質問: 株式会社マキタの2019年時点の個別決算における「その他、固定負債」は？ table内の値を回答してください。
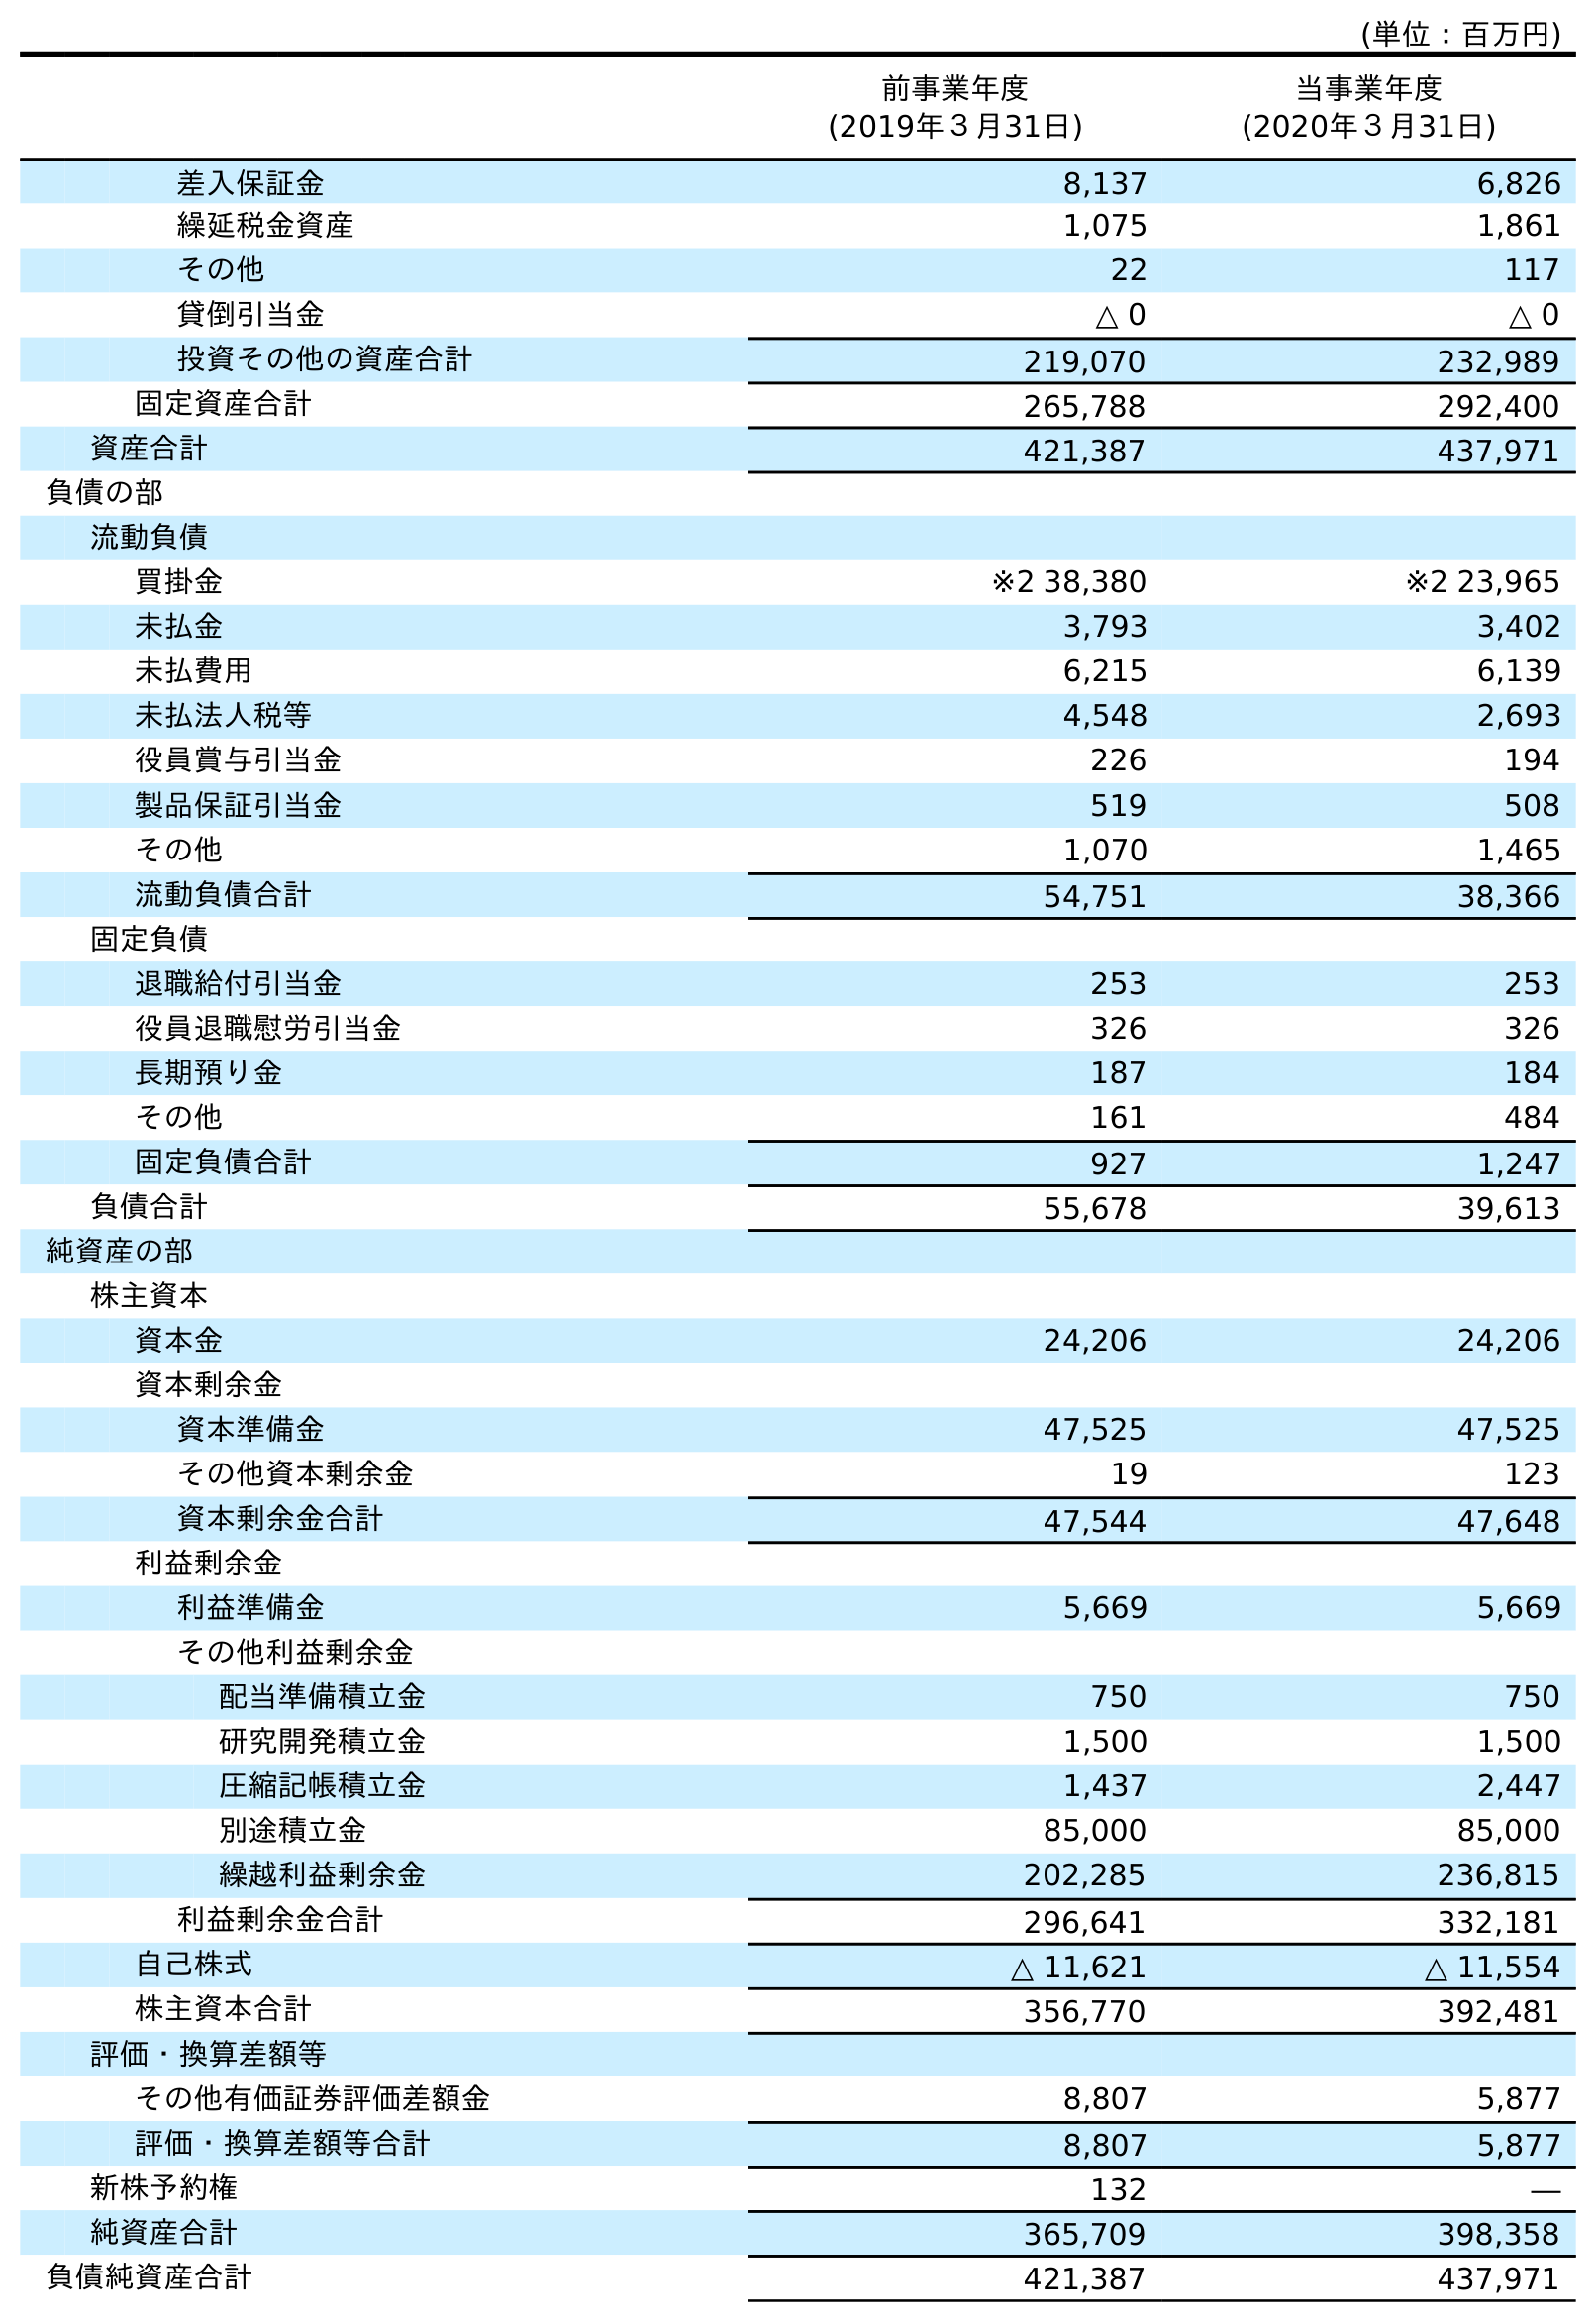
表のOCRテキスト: (単位：百万円) 前事業年度 (2019年３月31日) 当事業年度 (2020年３月31日) 差入保証金 8,137 6,826 繰延税金資産 1,075 1,861 その他 22 117 貸倒引当金 △ 0 △ 0 投資その他の資産合計 219,070 232,989 固定資産合計 265,788 292,400 資産合計 421,387 437,971 負債の部 流動負債 買掛金 ※2 38,380 ※2 23,965 未払金 3,793 3,402 未払費用 6,215 6,139 未払法人税等 4,548 2,693 役員賞与引当金 226 194 製品保証引当金 519 508 その他 1,070 1,465 流動負債合計 54,751 38,366 固定負債 退職給付引当金 253 253 役員退職慰労引当金 326 326 長期預り金 187 184 その他 161 484 固定負債合計 927 1,247 負債合計 55,678 39,613 純資産の部 株主資本 資本金 24,206 24,206 資本剰余金 資本準備金 47,525 47,525 その他資本剰余金 19 123 資本剰余金合計 47,544 47,648 利益剰余金 利益準備金 5,669 5,669 その他利益剰余金 配当準備積立金 750 750 研究開発積立金 1,500 1,500 圧縮記帳積立金 1,437 2,447 別途積立金 85,000 85,000 繰越利益剰余金 202,285 236,815 利益剰余金合計 296,641 332,181 自己株式 △ 11,621 △ 11,554 株主資本合計 356,770 392,481 評価・換算差額等 その他有価証券評価差額金 8,807 5,877 評価・換算差額等合計 8,807 5,877 新株予約権 132 ― 純資産合計 365,709 398,358 負債純資産合計 421,387 437,971
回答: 161